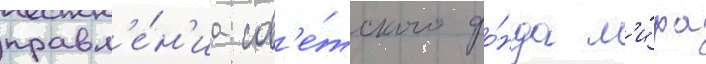
правл'е́н'иа сов'е́тского фо́нда м'и́ра